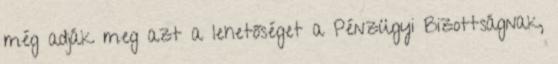
még adják meg azt a lehetőséget a Pénzügyi Bizottságnak,